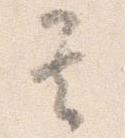
其